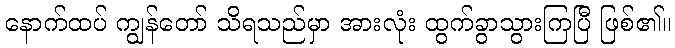
နောက်ထပ် ကျွန်တော် သိရသည်မှာ အားလုံး ထွက်ခွာသွားကြပြီ ဖြစ်၏။